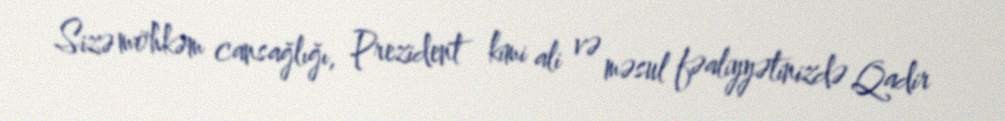
Sizə möhkəm cansağlığı, Prezident kimi ali və məsul fəaliyyətinizdə Qadir